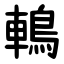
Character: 鿂